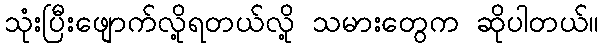
သုံးပြီးဖျောက်လို့ရတယ်လို့ သမားတွေက ဆိုပါတယ်။